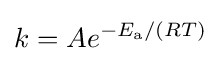
k=Ae^{-E_{\rm {a}}/(RT)}